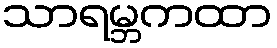
သာရမ္ဘကထာ